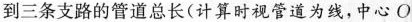
到三条支路的管道总长(计算时视管道为线，中心O